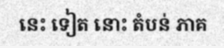
នេះ ទៀត នោះ តំបន់ ភាគ